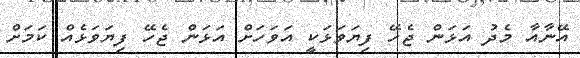
އޭނާއާ މެދު އަޅަން ޖެހޭ ފިޔަވަޅަކީ އަވަހަށް އަޅަން ޖެހޭ ފިޔަވަޅެއް ކަމަށް